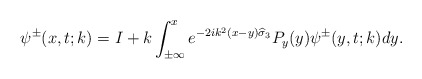
\begin{align*}\psi^{\pm}(x,t;k)=I+k\int_{ \pm \infty }^{ x }e^{-2ik^2(x-y)\widehat{\sigma}_3}P_y(y)\psi^{\pm}(y,t;k) dy.\end{align*}